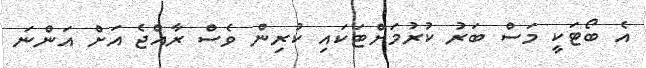
އެ ބޯޓަކީ މަސް ބަރު ކުރުމަށްޓަކައި ކުރިން ވެސް ރާއްޖެ އަށް އަންނަ